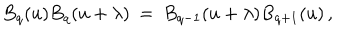
B _ { q } ( u ) B _ { q } ( u + \lambda ) \: = \: B _ { q - 1 } ( u + \lambda ) B _ { q + 1 } ( u ) \, ,